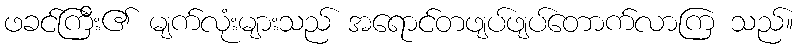
ဖခင်ကြီး၏ မျက်လုံးများသည် အရောင်တဖျပ်ဖျပ်တောက်လာကြ သည်။